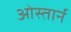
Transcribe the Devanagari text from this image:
ओस्तार्न